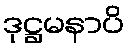
ဒုဋ္ဌမနာပိ